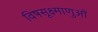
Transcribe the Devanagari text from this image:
विषसूक्ष्माणुओं